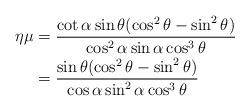
LaTeX: \begin{align*} \eta\mu &= \frac{\cot\alpha \sin\theta(\cos^2\theta - \sin^2\theta)}{\cos^2\alpha \sin\alpha \cos^3\theta}\\ &= \frac{\sin\theta (\cos^2\theta - \sin^2\theta)}{\cos\alpha \sin^2\alpha\cos^3\theta}\end{align*}